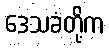
ဒေသခံတို့က